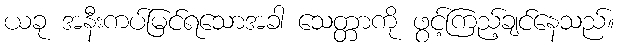
ယခု အနီးကပ်မြင်ရသောအခါ သေတ္တာကို ဖွင့်ကြည့်ချင်နေသည်။